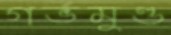
গর্ভমুণ্ড